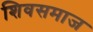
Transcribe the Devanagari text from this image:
शिवसमाज